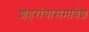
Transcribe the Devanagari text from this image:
शहरांचासमावेश